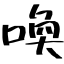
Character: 喚